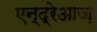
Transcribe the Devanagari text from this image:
एन्द्रेआज़